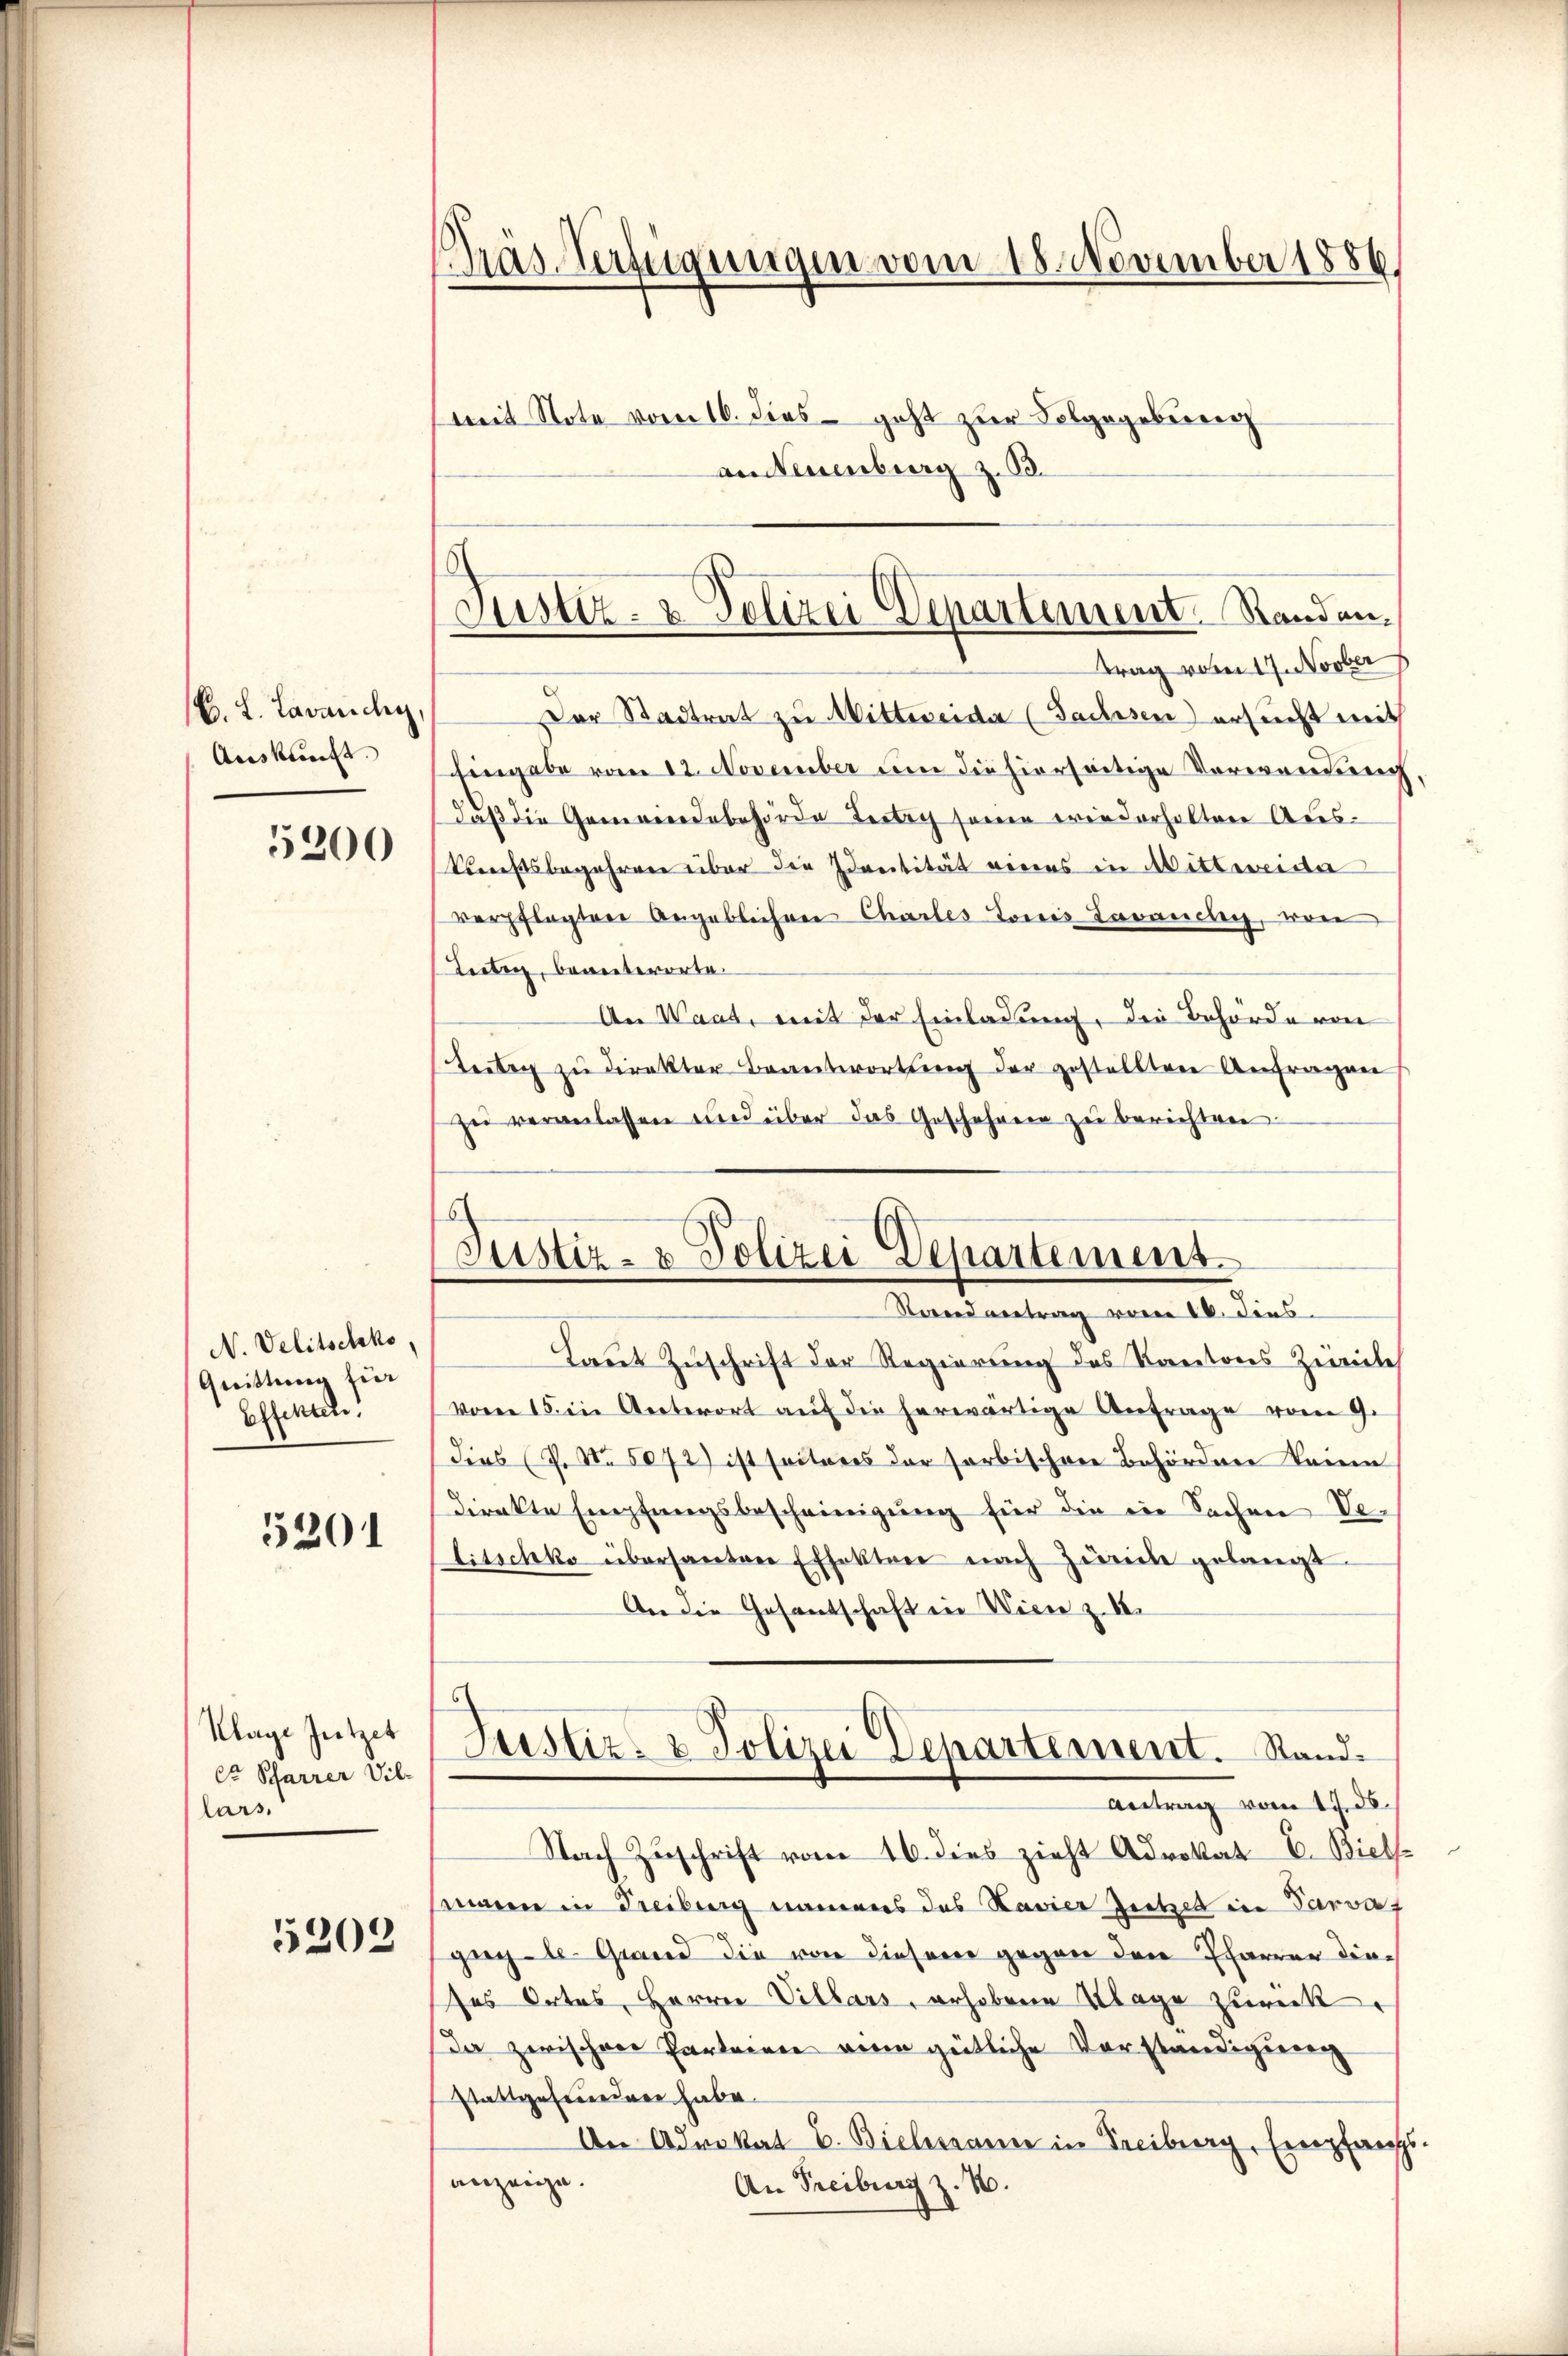
B. L. Lavanchy
Auskunft.
5200

N. Velitschko,
Guittung für
Effekten.

5201

Klage Jützet
Cr Scharrer Vil-
lars,

5202

Träs-Verfügungen vom 18. November 1886.
mit Note vom 16. dies geht zur Folgegebung
aneuenburg z. B.

Lütig, beanterorte.
zu veranlassen und über das Geschehenen zu berichten.

Der Stadtrat zu Mittweide (Sachsen ersucht weit
Eingabe vom 12. November um die hierseitige Verwendung
daß die Gemeindebehörde Fertig seinen wiederholten Auskunftsbegehren über die dreitität vieres in Mittweider
verpflegten Angeblichen Chartes Jones Tavanchy, von
An Waat, mit der Einladung, die Behörde von
teitag zu direkter Beantwortung der gestellten Anfragen
Laut Zuschrift der Regierung des Kantons Ziele
vom 15. in Unterort auf die herwärtige Anfrage vom 9.
dies (Z. No. 5072) ist seitens der sorbischen Behördener keine
direkte Empfangsbescheinigung für die ein Sachen Ve¬
Litschko übersanten Effektor nach Zürich gelangt.
An die Gesantschaft in Wien z. B.
c
Justiz- & Polizei Departement. Stand¬
Antrag vom 15. ds.
Nach Zuschrift vom 16. dies zieht Advokat E. Biels
semen in Freiburg nameners das Bavier Zeitet in Parvat
gugte. Grand die von diesem gegen den Pfarrer dieses Ortes, Herrn Villars, erhobene Klage zurück.
Da zwischen Parteien vom gütliche Vorständigung
stattgefunden habe.
An Advokat E. Bielmann in Freiburg, Empfangs.
anzeige.
An Treiburg z. B.

Justiz- & Polizei Departement. Standen.
trag vom 17. Novber

s
Justiz- & Polizei Departement.
Stand antrag vom 16. dies